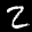
Label: 2